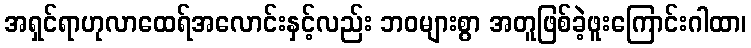
အရှင်ရာဟုလာထေရ်အလောင်းနှင့်လည်း ဘဝများစွာ အတူဖြစ်ခဲ့ဖူးကြောင်းဂါထာ၊